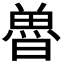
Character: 𮫲